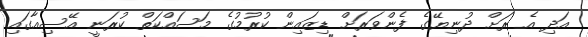
އަދި އެ ރަށް ދުނިޔޭގެ ފެންވަރަށް ޑިޒައިން ކުރުމުގެ މަސައްކަތް ކުރަނީ އޭސިއާގައި